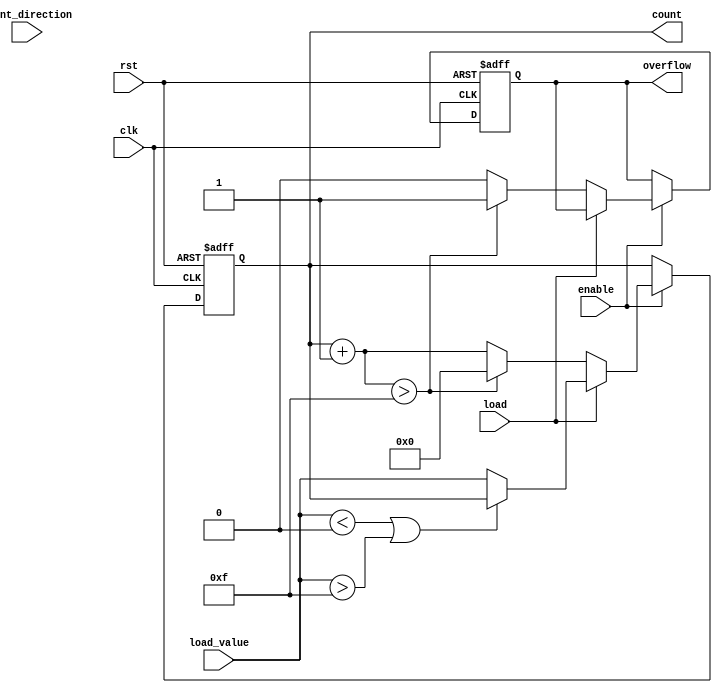
module parameterized_counter #(
    parameter WIDTH = 4,               // Bit width of the counter
    parameter MIN_VALUE = 0,           // Minimum count value
    parameter MAX_VALUE = 15,          // Maximum count value
    parameter COUNT_MODE = 0           // Counting mode: 0=Up, 1=Down, 2=Up/Down
)(
    input wire clk,                    // Clock signal
    input wire rst,                    // Active-high reset
    input wire enable,                 // Enable counting
    input wire count_direction,        // Count direction (for Up/Down mode)
    input wire load,                   // Load new value
    input wire [WIDTH-1:0] load_value, // Value to load into the counter
    output reg [WIDTH-1:0] count,      // Current count value
    output reg overflow                 // Overflow indicator
);

    // Internal signals
    reg [WIDTH-1:0] next_count;

    // Always block for synchronous operations
    always @(posedge clk or posedge rst) begin
        if (rst) begin
            count <= MIN_VALUE;          // Reset to MIN_VALUE
            overflow <= 0;               // Clear overflow
        end else if (!enable) begin
            // Retain current value if not enabled
            count <= count;
        end else if (load) begin
            // Load new value if load signal is active
            if (load_value < MIN_VALUE || load_value > MAX_VALUE) begin
                count <= count;          // Retain current value if load_value is out of bounds
            end else begin
                count <= load_value;     // Load the new value
            end
        end else begin
            // Determine next count based on counting mode
            case (COUNT_MODE)
                0: begin // Count Up
                    next_count = count + 1;
                    if (next_count > MAX_VALUE) begin
                        next_count = MIN_VALUE; // Wrap around
                        overflow <= 1;          // Set overflow
                    end else begin
                        overflow <= 0;          // Clear overflow
                    end
                end
                1: begin // Count Down
                    next_count = count - 1;
                    if (next_count < MIN_VALUE) begin
                        next_count = MAX_VALUE; // Wrap around
                        overflow <= 1;          // Set overflow
                    end else begin
                        overflow <= 0;          // Clear overflow
                    end
                end
                2: begin // Up/Down mode
                    if (count_direction) begin
                        next_count = count + 1;
                        if (next_count > MAX_VALUE) begin
                            next_count = MIN_VALUE; // Wrap around
                            overflow <= 1;          // Set overflow
                        end else begin
                            overflow <= 0;          // Clear overflow
                        end
                    end else begin
                        next_count = count - 1;
                        if (next_count < MIN_VALUE) begin
                            next_count = MAX_VALUE; // Wrap around
                            overflow <= 1;          // Set overflow
                        end else begin
                            overflow <= 0;          // Clear overflow
                        end
                    end
                end
                default: begin
                    next_count = count; // Default case (should not happen)
                    overflow <= 0;
                end
            endcase
            count <= next_count; // Update count
        end
    end

endmodule